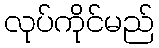
လုပ်ကိုင်မည်